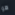
هو